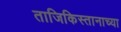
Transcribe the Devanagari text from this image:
ताजिकिस्तानाच्या